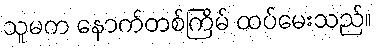
သူမက နောက်တစ်ကြိမ် ထပ်မေးသည်။